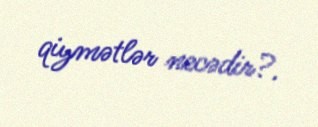
qiymətlər necədir?.